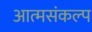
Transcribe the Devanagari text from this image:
आत्मसंकल्प